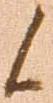
候